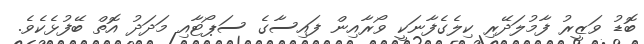
ބޮޑު ވަޒީރު ފާމުލަދޭރި ކިލެގެފާނަކީ ވޯރާއިން ފައިސާގެ ސަޕޯޓާއި މަދަދު އޮތް ބޭފުޅެކެވެ.